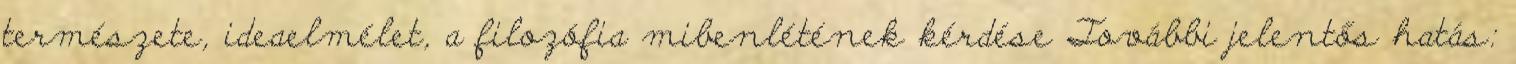
természete, ideaelmélet, a filozófia mibenlétének kérdése További jelentős hatás: